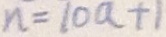
n = 1 0 a + 1